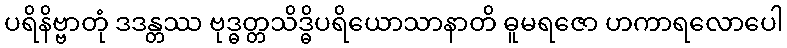
ပရိနိဗ္ဗာတုံ ဒဒန္တဿ ဗုဒ္ဓတ္တသိဒ္ဓိပရိယောသာနာတိ ဓူမရဇော ဟကာရလောပေါ